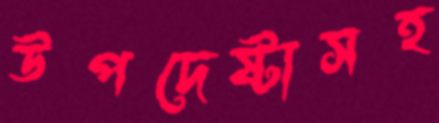
উপদেষ্টাসহ